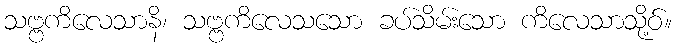
သဗ္ဗကိလေသာနိ၊ သဗ္ဗကိလေသသော ခပ်သိမ်းသော ကိလေသာသို့ဝ်။